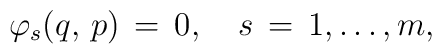
\varphi _s(q,\,p)\,=\,0, \quad s\,=\,1, \dots ,m,